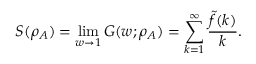
S ( \rho _ { A } ) = \operatorname* { l i m } _ { w \to 1 } G ( w ; \rho _ { A } ) = \sum _ { k = 1 } ^ { \infty } \frac { \tilde { f } ( k ) } { k } .